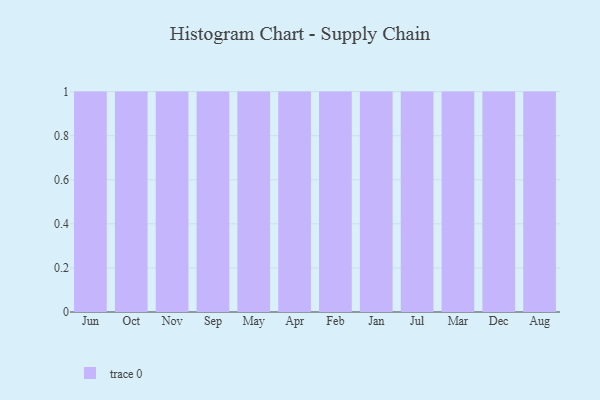
{"axis": {"x": "Month", "y": "Latency (ms)"}, "legend": [""], "data": [{"x": "Jun", "y": 31, "type": ""}, {"x": "Oct", "y": 10, "type": ""}, {"x": "Nov", "y": 90, "type": ""}, {"x": "Sep", "y": 18, "type": ""}, {"x": "May", "y": 11, "type": ""}, {"x": "Apr", "y": 43, "type": ""}, {"x": "Feb", "y": 75, "type": ""}, {"x": "Jan", "y": 33, "type": ""}, {"x": "Jul", "y": 77, "type": ""}, {"x": "Mar", "y": 59, "type": ""}, {"x": "Dec", "y": 22, "type": ""}, {"x": "Aug", "y": 15, "type": ""}]}